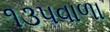
૧૩૫વાળા